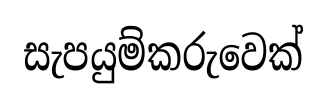
සැපයුම්කරුවෙක්